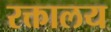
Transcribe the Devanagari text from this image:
रक्तालय